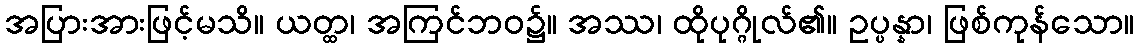
အပြားအားဖြင့်မသိ။ ယတ္ထ၊ အကြင်ဘဝ၌။ အဿ၊ ထိုပုဂ္ဂိုလ်၏။ ဥပ္ပန္နာ၊ ဖြစ်ကုန်သော။